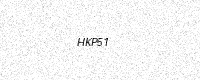
Text: HKP51